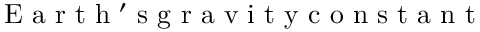
\mathrm { ~ E ~ a ~ r ~ t ~ h ~ ' ~ s ~ g ~ r ~ a ~ v ~ i ~ t ~ y ~ c ~ o ~ n ~ s ~ t ~ a ~ n ~ t ~ }